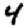
Digit: 4